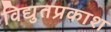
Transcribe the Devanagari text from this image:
विद्युतप्रकाश